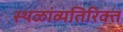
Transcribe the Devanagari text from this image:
स्थळांव्यतिरिक्त